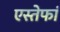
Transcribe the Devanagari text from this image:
एस्तेफां